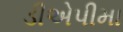
ડીએપીમા